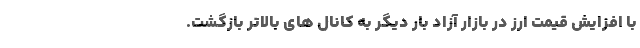
با افزایش قیمت ارز در بازار آزاد بار دیگر به کانال های بالاتر بازگشت.